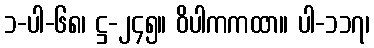
၁-ပါ-၆၈၊ ဋ္ဌ-၂၄၅။ ဝိပါကကထာ။ ပါ-၁၁၇၊